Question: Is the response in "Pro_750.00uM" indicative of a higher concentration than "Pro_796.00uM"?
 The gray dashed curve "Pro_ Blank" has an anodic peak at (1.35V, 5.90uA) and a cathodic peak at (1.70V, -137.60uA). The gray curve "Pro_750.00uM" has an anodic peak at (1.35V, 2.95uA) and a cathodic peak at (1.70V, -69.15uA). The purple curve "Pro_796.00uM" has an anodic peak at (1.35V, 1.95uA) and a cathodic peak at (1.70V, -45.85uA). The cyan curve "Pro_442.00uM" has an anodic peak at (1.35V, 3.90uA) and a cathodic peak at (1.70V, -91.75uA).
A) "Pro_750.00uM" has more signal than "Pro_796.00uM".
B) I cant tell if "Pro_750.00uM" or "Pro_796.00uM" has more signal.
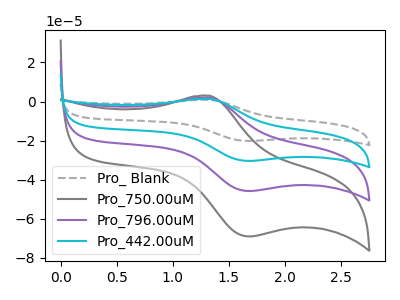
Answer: <think>All the peaks in "Pro_750.00uM" have a peak in "Pro_796.00uM" at the same potential. Every peak in "Pro_750.00uM" is higher than every peak in "Pro_796.00uM".
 </think>
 <answer>A) "Pro_750.00uM" has more signal than "Pro_796.00uM".</answer>
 <eval>A</eval>